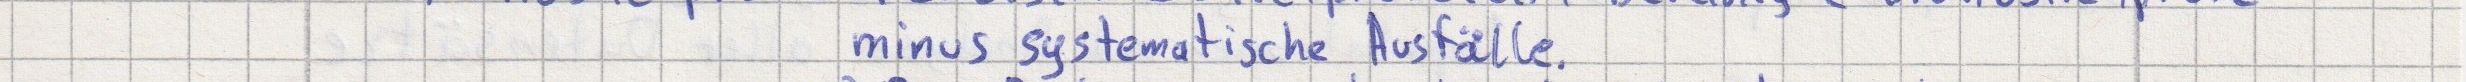
minus systematische Ausfälle.